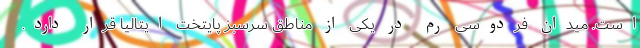
است. میدان فردوسی رم در یکی از مناطق سرسبز پایتخت ایتالیا قرار دارد.